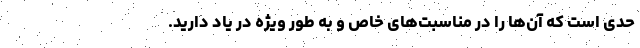
حدی است که آن‌ها را در مناسبت‌های خاص و به طور ویژه در یاد دارید.